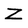
Character: Z